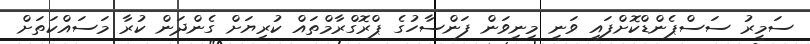
ސަމީރު ސަސްޕެންޑްކޮށްފައި ވަނީ މިނިވަން ފަންސާހުގެ ޕްރޮގްރާމްތައް ކުރިޔަށް ގެންދަން ކުރާ މަސައްކަތަށް